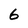
Character: 6